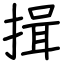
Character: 揖